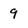
Character: 9